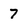
Character: 7